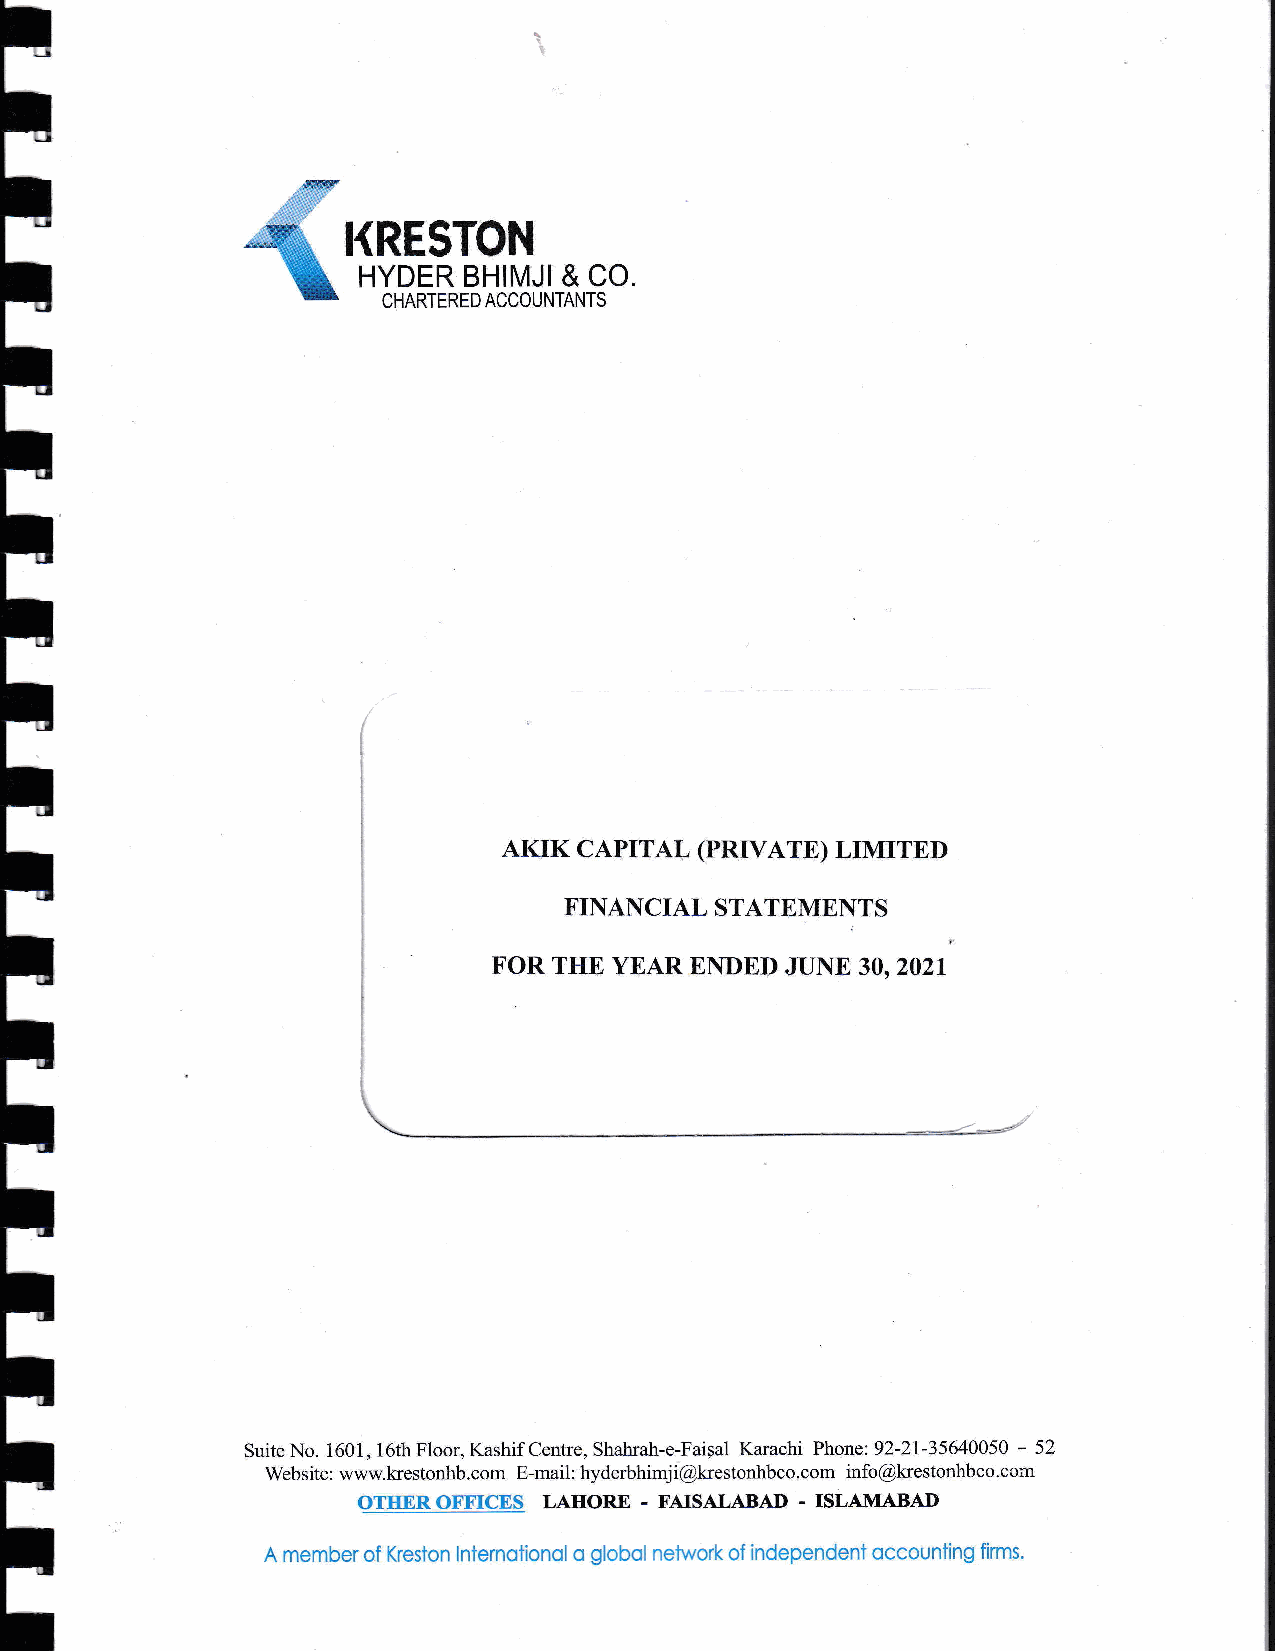
KRESTON
 HYDER  BHII\XJI & CO
 CHARTERED ACCOUNTANTS
 AIflK CAPITAL (PRIVATE) LIMITED
 FINANCIAL STATEMENTS
 FOR THB YEAR ENDED JUNE, 3O,2O2I
 Suite No. 1601, l6th Floor, Kashif Centre, Shahrah-e-Faiqal Karachi Phone: 92-21-35640050 - 52
 Website: www.krestonhb.com E-mail: hyderbhimji@krestonhbco.com info@krestonhbco.com
 aTHEB_AEEICES LATTORE - FATSALABAD - TSLAMABAn
 A member of Kreston lnternotionol o globol network of independent occounting firms.